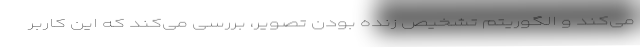
می‌کند و الگوریتم تشخیص زنده بودن تصویر، بررسی می‌کند که این کاربر